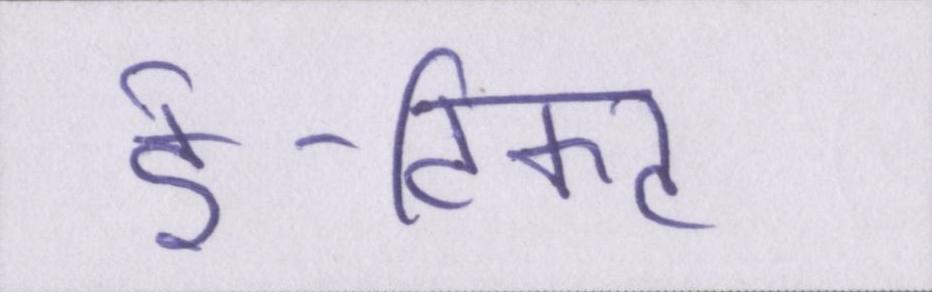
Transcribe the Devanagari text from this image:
ई-टिकट